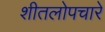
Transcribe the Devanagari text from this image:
शीतलोपचारे